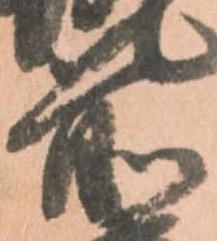
前